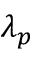
\lambda _ { p }